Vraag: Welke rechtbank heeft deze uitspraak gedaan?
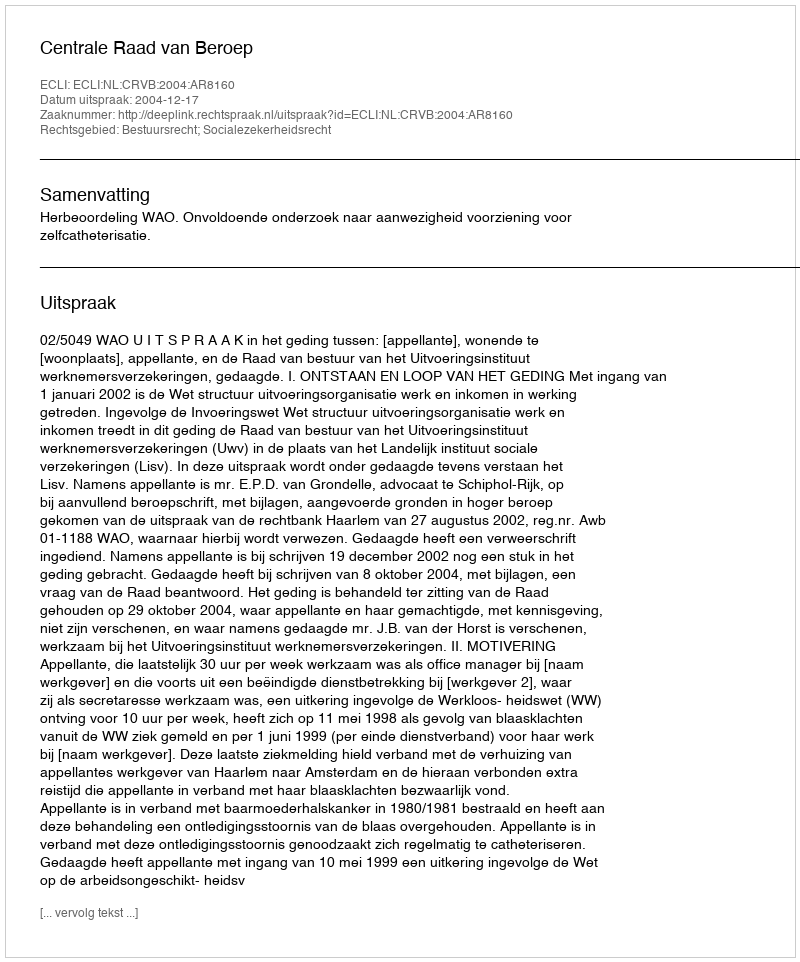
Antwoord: Centrale Raad van Beroep